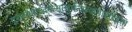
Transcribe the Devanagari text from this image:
गुरुत्यागाद्भवेन्मृत्युर्मन्त्रत्यागाद्दरिद्रता